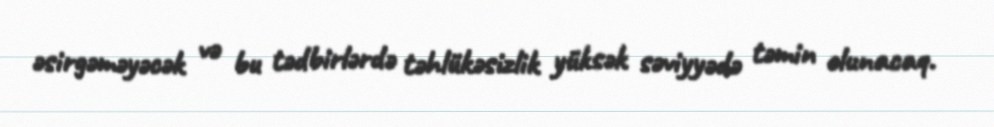
əsirgəməyəcək və bu tədbirlərdə təhlükəsizlik yüksək səviyyədə təmin olunacaq.